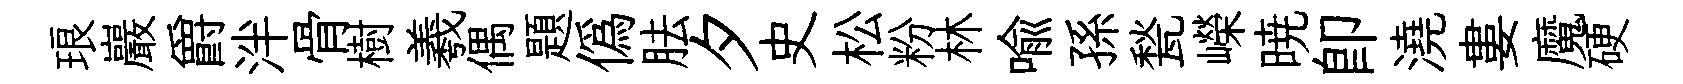
琅巖爵泮骨樹羲偶題僞胠夕史松粉林喻孫甃嶸暁即澆婁魔硬